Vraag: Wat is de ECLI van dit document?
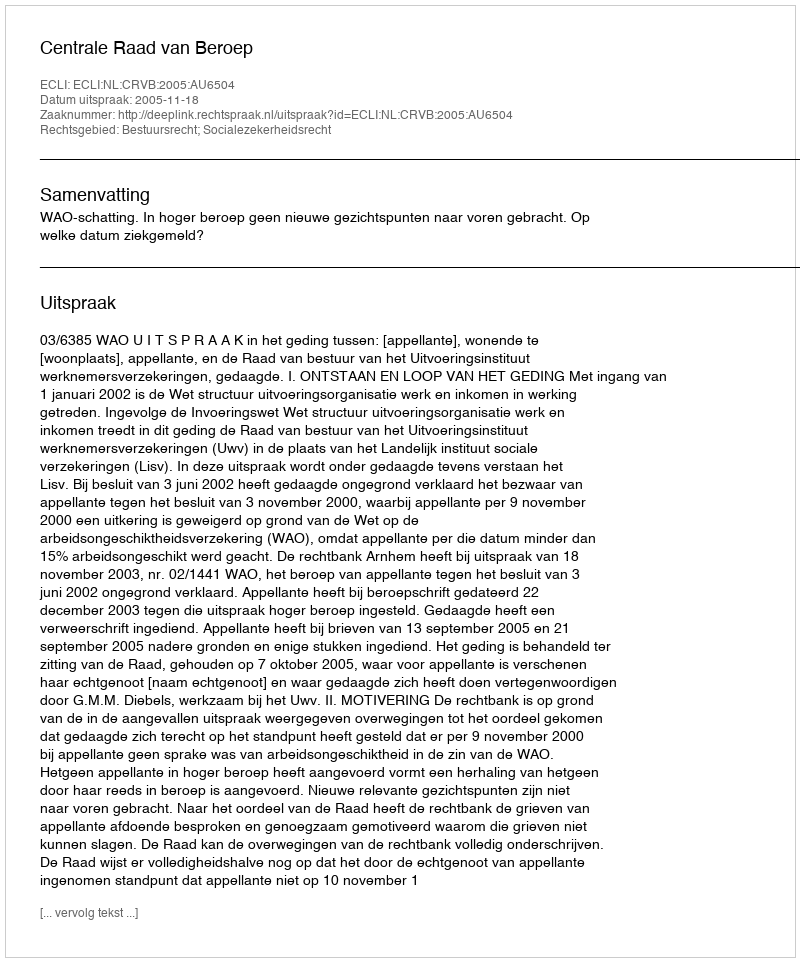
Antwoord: ECLI:NL:CRVB:2005:AU6504